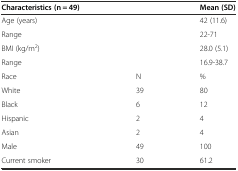
<table><thead><tr><td><b>Characteristics (n = 49)</b></td><td></td><td><b>Mean (SD)</b></td></tr></thead><tbody><tr><td>Age (years)</td><td></td><td>42 (11.6)</td></tr><tr><td>Range</td><td></td><td>22-71</td></tr><tr><td>BMI (kg/m<sup>2</sup>)</td><td></td><td>28.0 (5.1)</td></tr><tr><td>Range</td><td></td><td>16.9-38.7</td></tr><tr><td>Race</td><td>N</td><td>%</td></tr><tr><td>White</td><td>39</td><td>80</td></tr><tr><td>Black</td><td>6</td><td>12</td></tr><tr><td>Hispanic</td><td>2</td><td>4</td></tr><tr><td>Asian</td><td>2</td><td>4</td></tr><tr><td>Male</td><td>49</td><td>100</td></tr><tr><td>Current smoker</td><td>30</td><td>61.2</td></tr></tbody></table>